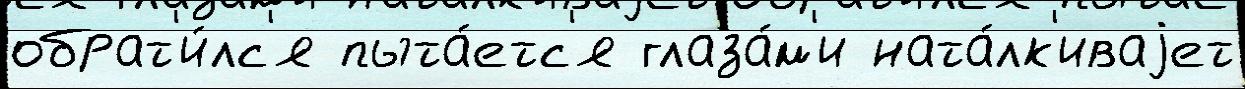
обрат'и́лс'я пыта́етс'я глаза́м'и ната́лк'иваjет